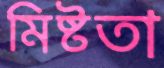
মিষ্টতা